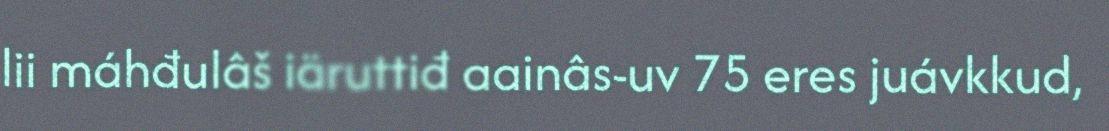
lii máhđulâš iäruttiđ aainâs-uv 75 eres juávkkud,